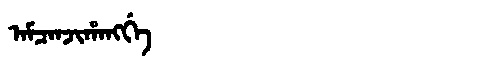
Manchu: ᠠᠮᠴᠠᠨᠵᡳᡥᠠᠩᡤᡝ
Romanization: AMCANJIHANGGE